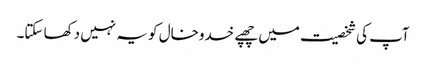
آپ کی شخصیت میں چھپے خدوخال کو یہ نہیں دکھا سکتا۔